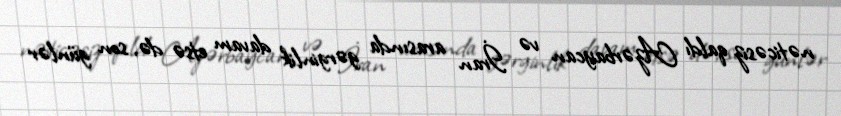
nəticəsiz qaldı Azərbaycan və İran arasında gərginlik davam etsə də, son günlər